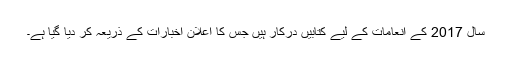
سال 2017 کے انعامات کے لیے کتابیں درکار ہیں جس کا اعلان اخبارات کے ذریعہ کر دیا گیا ہے۔